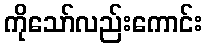
ကိုသော်လည်းကောင်း